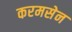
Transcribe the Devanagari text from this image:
करमसेन